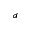
^ d